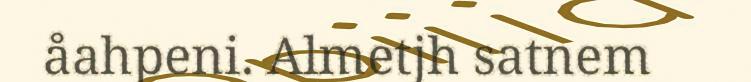
åahpeni. Almetjh satnem